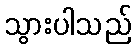
သွားပါသည်